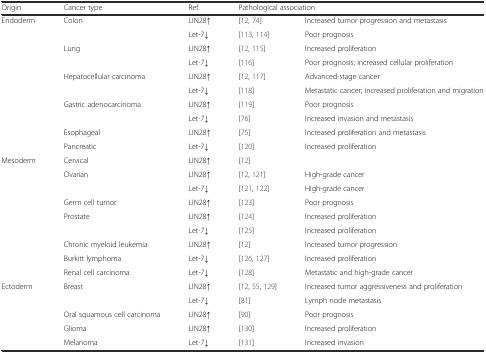
<table><thead><tr><td><b>Origin</b></td><td><b>Cancer type</b></td><td><b>Ref.</b></td><td colspan="2"><b>Pathological association</b></td></tr></thead><tbody><tr><td>Endoderm</td><td rowspan="2">Colon</td><td>LIN28↑</td><td>[12, 74]</td><td>Increased tumor progression and metastasis</td></tr><tr><td></td><td>Let-7↓</td><td>[113, 114]</td><td>Poor prognosis</td></tr><tr><td></td><td rowspan="2">Lung</td><td>LIN28↑</td><td>[12, 115]</td><td>Increased proliferation</td></tr><tr><td></td><td>Let-7↓</td><td>[116]</td><td>Poor prognosis; increased cellular proliferation</td></tr><tr><td></td><td rowspan="2">Hepatocellular carcinoma</td><td>LIN28↑</td><td>[12, 117]</td><td>Advanced-stage cancer</td></tr><tr><td></td><td>Let-7↓</td><td>[118]</td><td>Metastatic cancer; increased proliferation and migration</td></tr><tr><td></td><td>Gastric adenocarcinoma</td><td>LIN28↑</td><td>[119]</td><td>Poor prognosis</td></tr><tr><td></td><td></td><td>Let-7↓</td><td>[76]</td><td>Increased invasion and metastasis</td></tr><tr><td></td><td>Esophageal</td><td>LIN28↑</td><td>[75]</td><td>Increased proliferation and metastasis</td></tr><tr><td></td><td>Pancreatic</td><td>Let-7↓</td><td>[120]</td><td>Increased proliferation</td></tr><tr><td>Mesoderm</td><td>Cervical</td><td>LIN28↑</td><td>[12]</td><td></td></tr><tr><td></td><td rowspan="2">Ovarian</td><td>LIN28↑</td><td>[12, 121]</td><td>High-grade cancer</td></tr><tr><td></td><td>Let-7↓</td><td>[121, 122]</td><td>High-grade cancer</td></tr><tr><td></td><td>Germ cell tumor</td><td>LIN28↑</td><td>[123]</td><td>Poor prognosis</td></tr><tr><td></td><td rowspan="2">Prostate</td><td>LIN28↑</td><td>[124]</td><td>Increased proliferation</td></tr><tr><td></td><td>Let-7↓</td><td>[125]</td><td>Increased proliferation</td></tr><tr><td></td><td>Chronic myeloid leukemia</td><td>LIN28↑</td><td>[12]</td><td>Increased tumor progression</td></tr><tr><td></td><td>Burkitt lymphoma</td><td>Let-7↓</td><td>[126, 127]</td><td>Increased proliferation</td></tr><tr><td></td><td>Renal cell carcinoma</td><td>Let-7↓</td><td>[128]</td><td>Metastatic and high-grade cancer</td></tr><tr><td>Ectoderm</td><td rowspan="2">Breast</td><td>LIN28↑</td><td>[12, 55, 129]</td><td>Increased tumor aggressiveness and proliferation</td></tr><tr><td></td><td>Let-7↓</td><td>[81]</td><td>Lymph node metastasis</td></tr><tr><td></td><td>Oral squamous cell carcinoma</td><td>LIN28↑</td><td>[90]</td><td>Poor prognosis</td></tr><tr><td></td><td>Glioma</td><td>LIN28↑</td><td>[130]</td><td>Increased proliferation</td></tr><tr><td></td><td>Melanoma</td><td>Let-7↓</td><td>[131]</td><td>Increased invasion</td></tr></tbody></table>